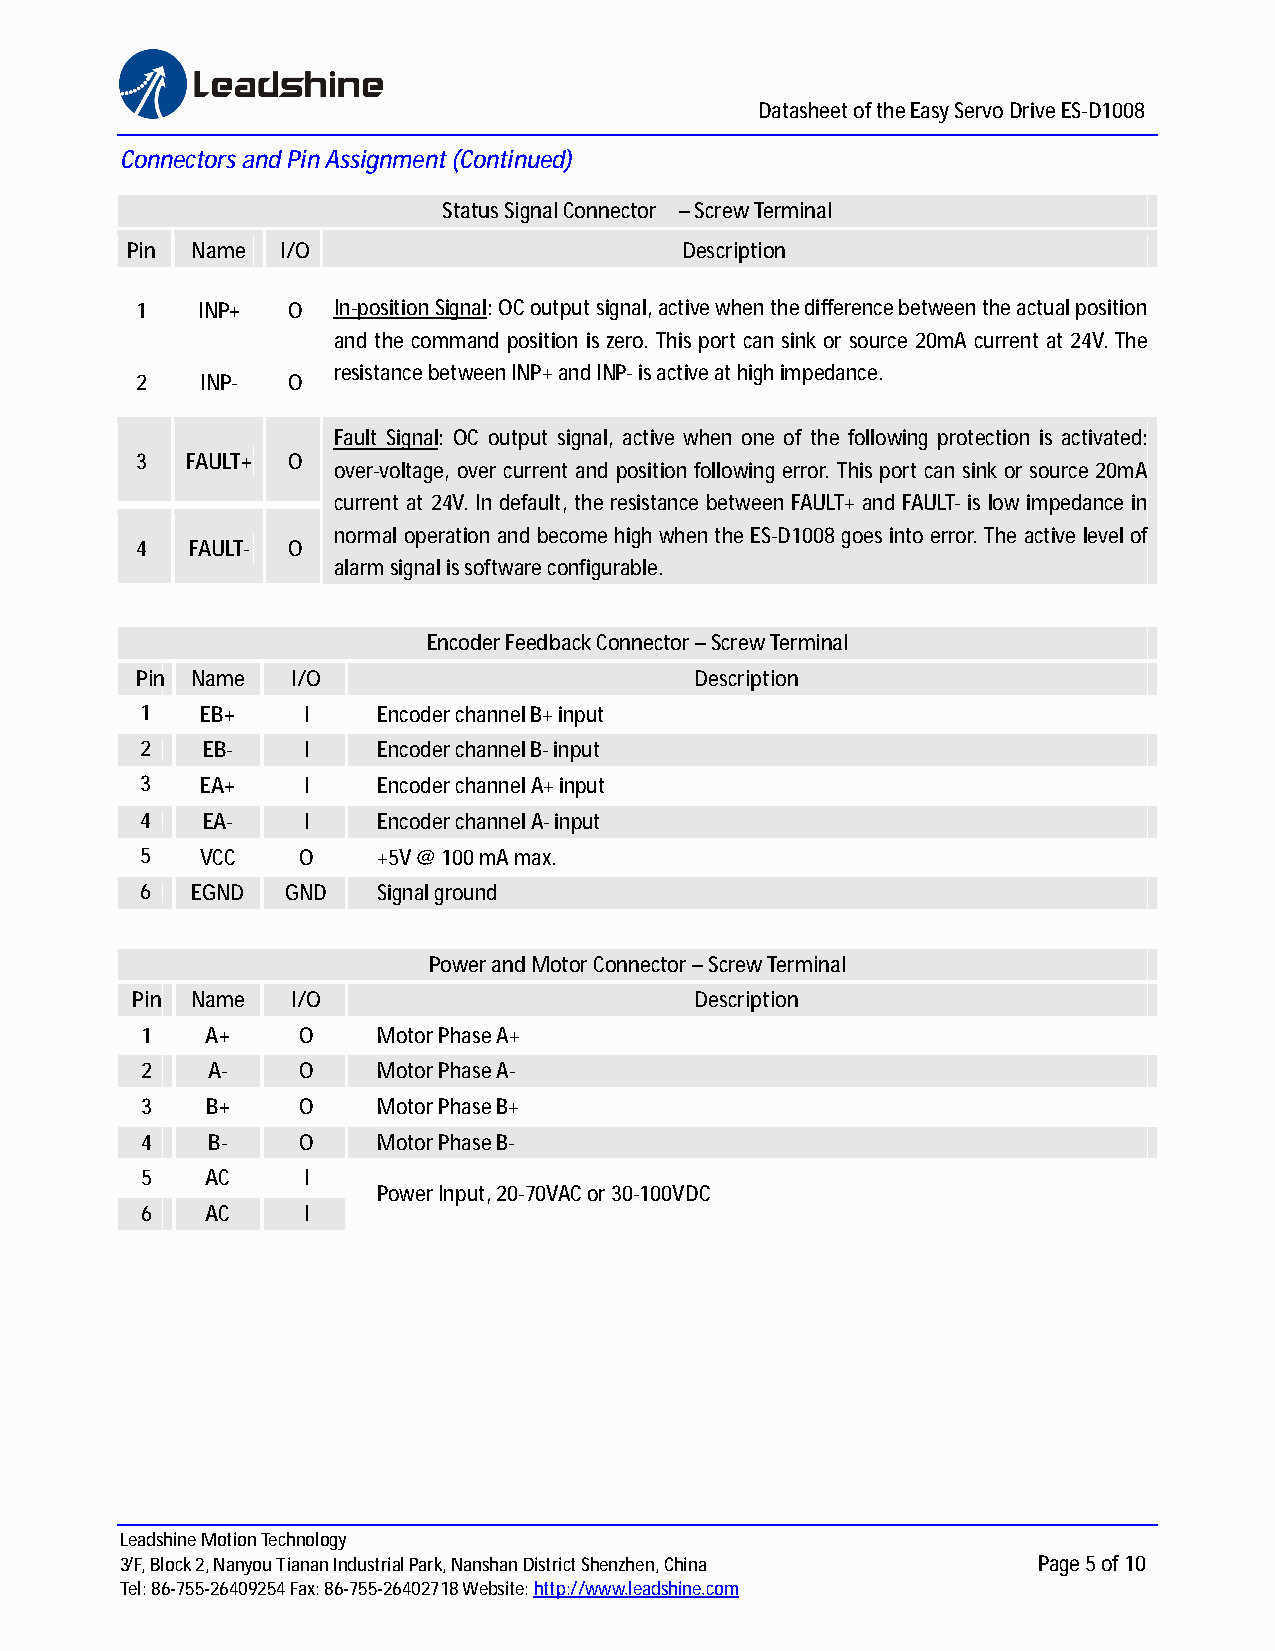
Datasheet of the Easy Servo Drive ES-D1008
 Connectors and Pin Assignment (Continued)
 Status Signal Connector – Screw Terminal
 Pin  Name  I/O                       Description
 1   INP+  O  In-position Signal: OC output signal, active when the difference between the actual position
 and the command position is zero. This port can sink or source 20mA current at 24V. The
 resistance between INP+ and INP- is active at high impedance.
 2   INP-  O
 Fault Signal: OC output signal, active when one of the following protection is activated:
 3  FAULT+ O
 over-voltage, over current and position following error. This port can sink or source 20mA
 current at 24V. In default, the resistance between FAULT+ and FAULT- is low impedance in
 normal operation and become high when the ES-D1008 goes into error. The active level of
 4   FAULT- O
 alarm signal is software configurable.
 Encoder Feedback Connector – Screw Terminal
 Pin Name  I/O                        Description
 1   EB+    I    Encoder channel B+ input
 2   EB-    I    Encoder channel B- input
 3   EA+    I    Encoder channel A+ input
 4   EA-    I    Encoder channel A- input
 5   VCC    O    +5V @ 100 mA max.
 6   EGND  GND   Signal ground
 Power and Motor Connector – Screw Terminal
 Pin Name  I/O                        Description
 1    A+    O    Motor Phase A+
 2    A-    O    Motor Phase A-
 3    B+    O    Motor Phase B+
 4    B-    O    Motor Phase B-
 5    AC    I
 Power Input, 20-70VAC or 30-100VDC
 6    AC    I
 Leadshine Motion Technology
 3/F, Block 2, Nanyou Tianan Industrial Park, Nanshan District Shenzhen, China Page 5 of 10
 Tel: 86-755-26409254 Fax: 86-755-26402718 Website:h ttp://www.leadshine.com